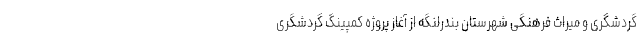
گردشگری و میراث فرهنگی شهرستان بندرلنگه از آغاز پروژه کمپینگ گردشگری